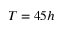
T = 4 5 h